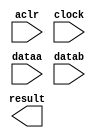
// megafunction wizard: %ALTFP_MULT%VBB%
// GENERATION: STANDARD
// VERSION: WM1.0
// MODULE: ALTFP_MULT 

// ============================================================
// Megafunction Name(s):
// 			ALTFP_MULT
//
// Simulation Library Files(s):
// 			lpm
// ============================================================
// ************************************************************
// THIS IS A WIZARD-GENERATED FILE. DO NOT EDIT THIS FILE!
//
// 15.1.0 Build 185 10/21/2015 SJ Lite Edition
// ************************************************************

//Copyright (C) 1991-2015 Altera Corporation. All rights reserved.
//Your use of Altera Corporation's design tools, logic functions 
//and other software and tools, and its AMPP partner logic 
//functions, and any output files from any of the foregoing 
//(including device programming or simulation files), and any 
//associated documentation or information are expressly subject 
//to the terms and conditions of the Altera Program License 
//Subscription Agreement, the Altera Quartus Prime License Agreement,
//the Altera MegaCore Function License Agreement, or other 
//applicable license agreement, including, without limitation, 
//that your use is for the sole purpose of programming logic 
//devices manufactured by Altera and sold by Altera or its 
//authorized distributors.  Please refer to the applicable 
//agreement for further details.

module fpmult (
	aclr,
	clock,
	dataa,
	datab,
	result)/* synthesis synthesis_clearbox = 1 */;

	input	  aclr;
	input	  clock;
	input	[63:0]  dataa;
	input	[63:0]  datab;
	output	[63:0]  result;

endmodule

// ============================================================
// CNX file retrieval info
// ============================================================
// Retrieval info: LIBRARY: altera_mf altera_mf.altera_mf_components.all
// Retrieval info: PRIVATE: FPM_FORMAT STRING "Double"
// Retrieval info: PRIVATE: INTENDED_DEVICE_FAMILY STRING "Cyclone IV E"
// Retrieval info: CONSTANT: DEDICATED_MULTIPLIER_CIRCUITRY STRING "YES"
// Retrieval info: CONSTANT: DENORMAL_SUPPORT STRING "NO"
// Retrieval info: CONSTANT: EXCEPTION_HANDLING STRING "NO"
// Retrieval info: CONSTANT: INTENDED_DEVICE_FAMILY STRING "UNUSED"
// Retrieval info: CONSTANT: LPM_HINT STRING "UNUSED"
// Retrieval info: CONSTANT: LPM_TYPE STRING "altfp_mult"
// Retrieval info: CONSTANT: PIPELINE NUMERIC "5"
// Retrieval info: CONSTANT: REDUCED_FUNCTIONALITY STRING "NO"
// Retrieval info: CONSTANT: ROUNDING STRING "TO_NEAREST"
// Retrieval info: CONSTANT: WIDTH_EXP NUMERIC "11"
// Retrieval info: CONSTANT: WIDTH_MAN NUMERIC "52"
// Retrieval info: USED_PORT: aclr 0 0 0 0 INPUT NODEFVAL "aclr"
// Retrieval info: CONNECT: @aclr 0 0 0 0 aclr 0 0 0 0
// Retrieval info: USED_PORT: clock 0 0 0 0 INPUT NODEFVAL "clock"
// Retrieval info: CONNECT: @clock 0 0 0 0 clock 0 0 0 0
// Retrieval info: USED_PORT: dataa 0 0 64 0 INPUT NODEFVAL "dataa[63..0]"
// Retrieval info: CONNECT: @dataa 0 0 64 0 dataa 0 0 64 0
// Retrieval info: USED_PORT: datab 0 0 64 0 INPUT NODEFVAL "datab[63..0]"
// Retrieval info: CONNECT: @datab 0 0 64 0 datab 0 0 64 0
// Retrieval info: USED_PORT: result 0 0 64 0 OUTPUT NODEFVAL "result[63..0]"
// Retrieval info: CONNECT: result 0 0 64 0 @result 0 0 64 0
// Retrieval info: GEN_FILE: TYPE_NORMAL fpmult.v TRUE FALSE
// Retrieval info: GEN_FILE: TYPE_NORMAL fpmult.qip TRUE FALSE
// Retrieval info: GEN_FILE: TYPE_NORMAL fpmult.bsf FALSE TRUE
// Retrieval info: GEN_FILE: TYPE_NORMAL fpmult_inst.v TRUE TRUE
// Retrieval info: GEN_FILE: TYPE_NORMAL fpmult_bb.v TRUE TRUE
// Retrieval info: GEN_FILE: TYPE_NORMAL fpmult.inc FALSE TRUE
// Retrieval info: GEN_FILE: TYPE_NORMAL fpmult.cmp FALSE TRUE
// Retrieval info: LIB_FILE: lpm